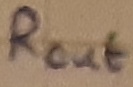
Text: ROUT